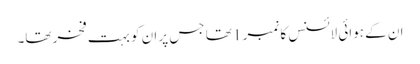
ان کے ہوائی لائسنس کا نمبر 1 تھا جس پر ان کو بہت فخر تھا۔